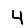
Digit: 4